Annual report on the working of the mental hospitals in the Madras Presidency - 1912-1932
Year: 1912
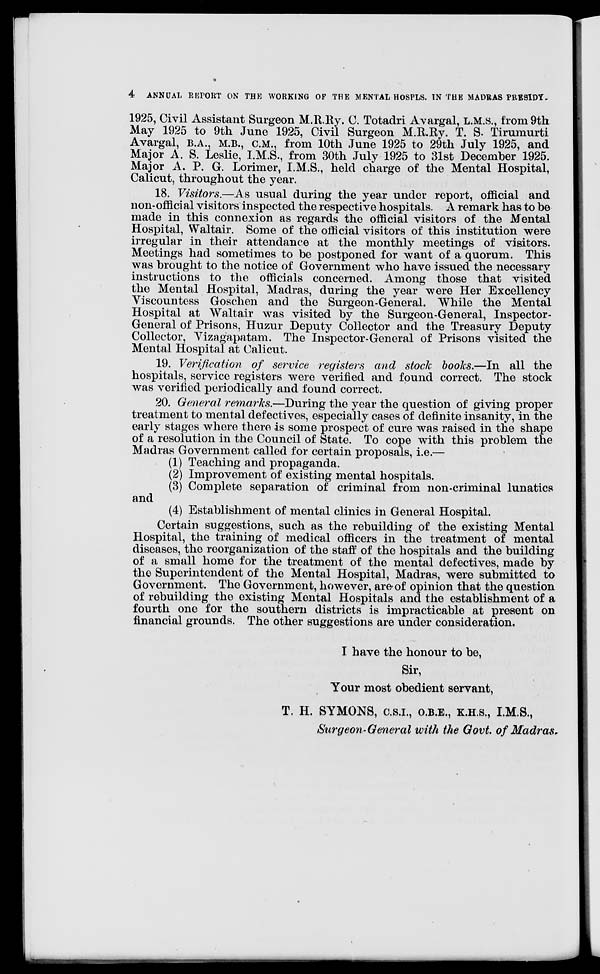
4
ANNUAL REPORT ON THE WORKING OF THE MENTAL HOSPLS. IN THE MADRAS PRESIDY.
1925, Civil Assistant Surgeon M.R.Ry. C. Totadri Avargal, L.M.S., from 9th
May 1925 to 9th June 1925, Civil Surgeon M.R.Ry. T. S. Tirumurti
Avargal, B.A., M.B., C.M., from 10th June 1925 to 29th July 1925, and
Major A. S. Leslie, I.M.S., from 30th July 1925 to 31st December 1925.
Major A. P. G. Lorimer, I.M.S., held charge of the Mental Hospital,
Calicut, throughout the year.
18. Visitors.—As usual during the year under report, official and
non-official visitors inspected the respective hospitals. A remark has to be
made in this connexion as regards the official visitors of the Mental
Hospital, Waltair. Some of the official visitors of this institution were
irregular in their attendance at the monthly meetings of visitors.
Meetings had sometimes to be postponed for want of a quorum. This
was brought to the notice of Government who have issued the necessary
instructions to the officials concerned. Among those that visited
the Mental Hospital, Madras, during the year were Her Excellency
Viscountess Goschen and the Surgeon-General. While the Mental
Hospital at Waltair was visited by the Surgeon-General, Inspector-
General of Prisons, Huzur Deputy Collector and the Treasury Deputy
Collector, Vizagapatam. The Inspector-General of Prisons visited the
Mental Hospital at Calicut.
19. Verification of service registers and stock books.—In all the
hospitals, service registers were verified and found correct. The stock
was verified periodically and found correct.
20. General remarks.—During the year the question of giving proper
treatment to mental defectives, especially cases of definite insanity, in the
early stages where there is some prospect of cure was raised in the shape
of a resolution in the Council of State. To cope with this problem the
Madras Government called for certain proposals, i.e.—
(1) Teaching and propaganda.
(2) Improvement of existing mental hospitals.
(3) Complete separation of criminal from non-criminal lunatics
and
(4) Establishment of mental clinics in General Hospital.
Certain suggestions, such as the rebuilding of the existing Mental
Hospital, the training of medical officers in the treatment of mental
diseases, the reorganization of the staff of the hospitals and the building
of a small home for the treatment of the mental defectives, made by
the Superintendent of the Mental Hospital, Madras, were submitted to
Government. The Government, however, are of opinion that the question
of rebuilding the existing Mental Hospitals and the establishment of a
fourth one for the southern districts is impracticable at present on
financial grounds. The other suggestions are under consideration.
I have the honour to be,
Sir,
Your most obedient servant,
T. H. SYMONS, C.S.I., O.B.E., K.H.S., I.M.S.,
Surgeon-General with the Govt. of Madras.